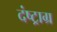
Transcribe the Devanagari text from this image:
दंष्ट्राग्र